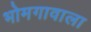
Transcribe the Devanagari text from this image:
भोमगावाला